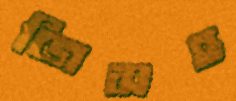
জিসহ